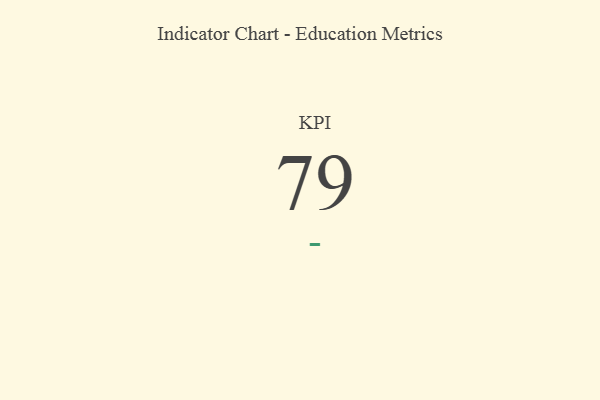
{"axis": {"x": "KPI", "y": "Value"}, "legend": [""], "data": [{"x": "KPI", "y": 79, "type": ""}]}